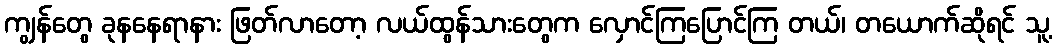
ကျွန်တွေ ခုနနေရာနား ဖြတ်လာတော့ လယ်ထွန်သားတွေက လှောင်ကြပြောင်ကြ တယ်၊ တယောက်ဆိုရင် သူ့